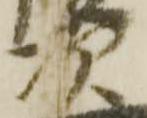
次